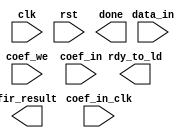
// Generated by FIR Compiler 3.2.1 [Altera, IP Toolbench v1.2.7 build38]
// ************************************************************
// THIS IS A WIZARD-GENERATED FILE. DO NOT EDIT THIS FILE!
// ************************************************************
// Copyright (C) 1991-2005 Altera Corporation
// Any megafunction design, and related net list (encrypted or decrypted),
// support information, device programming or simulation file, and any other
// associated documentation or information provided by Altera or a partner
// under Altera's Megafunction Partnership Program may be used only to
// program PLD devices (but not masked PLD devices) from Altera.  Any other
// use of such megafunction design, net list, support information, device
// programming or simulation file, or any other related documentation or
// information is prohibited for any other purpose, including, but not
// limited to modification, reverse engineering, de-compiling, or use with
// any other silicon devices, unless such use is explicitly licensed under
// a separate agreement with Altera or a megafunction partner.  Title to
// the intellectual property, including patents, copyrights, trademarks,
// trade secrets, or maskworks, embodied in any such megafunction design,
// net list, support information, device programming or simulation file, or
// any other related documentation or information provided by Altera or a
// megafunction partner, remains with Altera, the megafunction partner, or
// their respective licensors.  No other licenses, including any licenses
// needed under any third party's intellectual property, are provided herein.

module fir321 (
	clk,
	rst,
	data_in,
	coef_we,
	coef_in,
	coef_in_clk,
	fir_result,
	done,
	rdy_to_ld);

	input		clk;
	input		rst;
	input	[15:0]	data_in;
	input		coef_we;
	input	[17:0]	coef_in;
	input		coef_in_clk;
	output	[34:0]	fir_result;
	output		done;
	output		rdy_to_ld;
endmodule